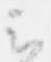
云